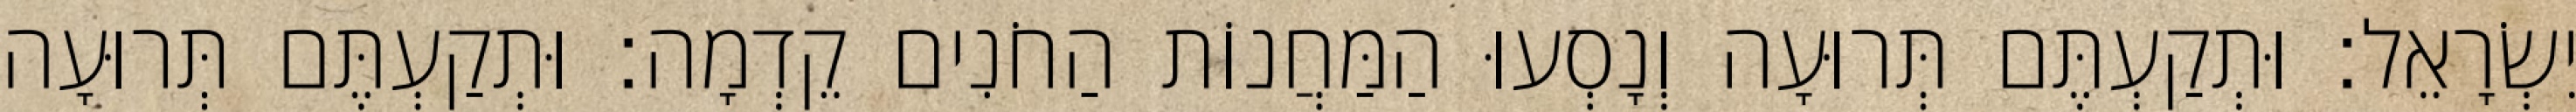
יִשְׂרָאֵל׃ וּתְקַעְתֶּם תְּרוּעָה וְנָסְעוּ הַמַּחֲנוֹת הַחֹנִים קֵדְמָה׃ וּתְקַעְתֶּם תְּרוּעָה